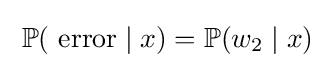
\;\operatorname {\mathbb {P} } ({\text{ error}}\mid x)=\operatorname {\mathbb {P} } (w_{2}\mid x)\;